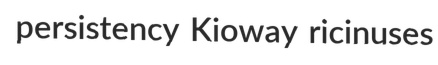
persistency Kioway ricinuses